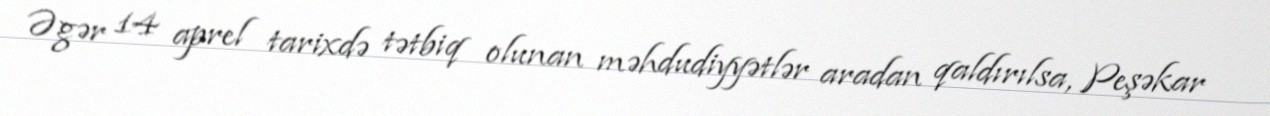
Əgər 14 aprel tarixdə tətbiq olunan məhdudiyyətlər aradan qaldırılsa, Peşəkar